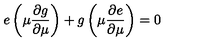
e \left( \mu { \frac { \partial g } { \partial \mu } } \right) + g \left( \mu { \frac { \partial e } { \partial \mu } } \right) = 0